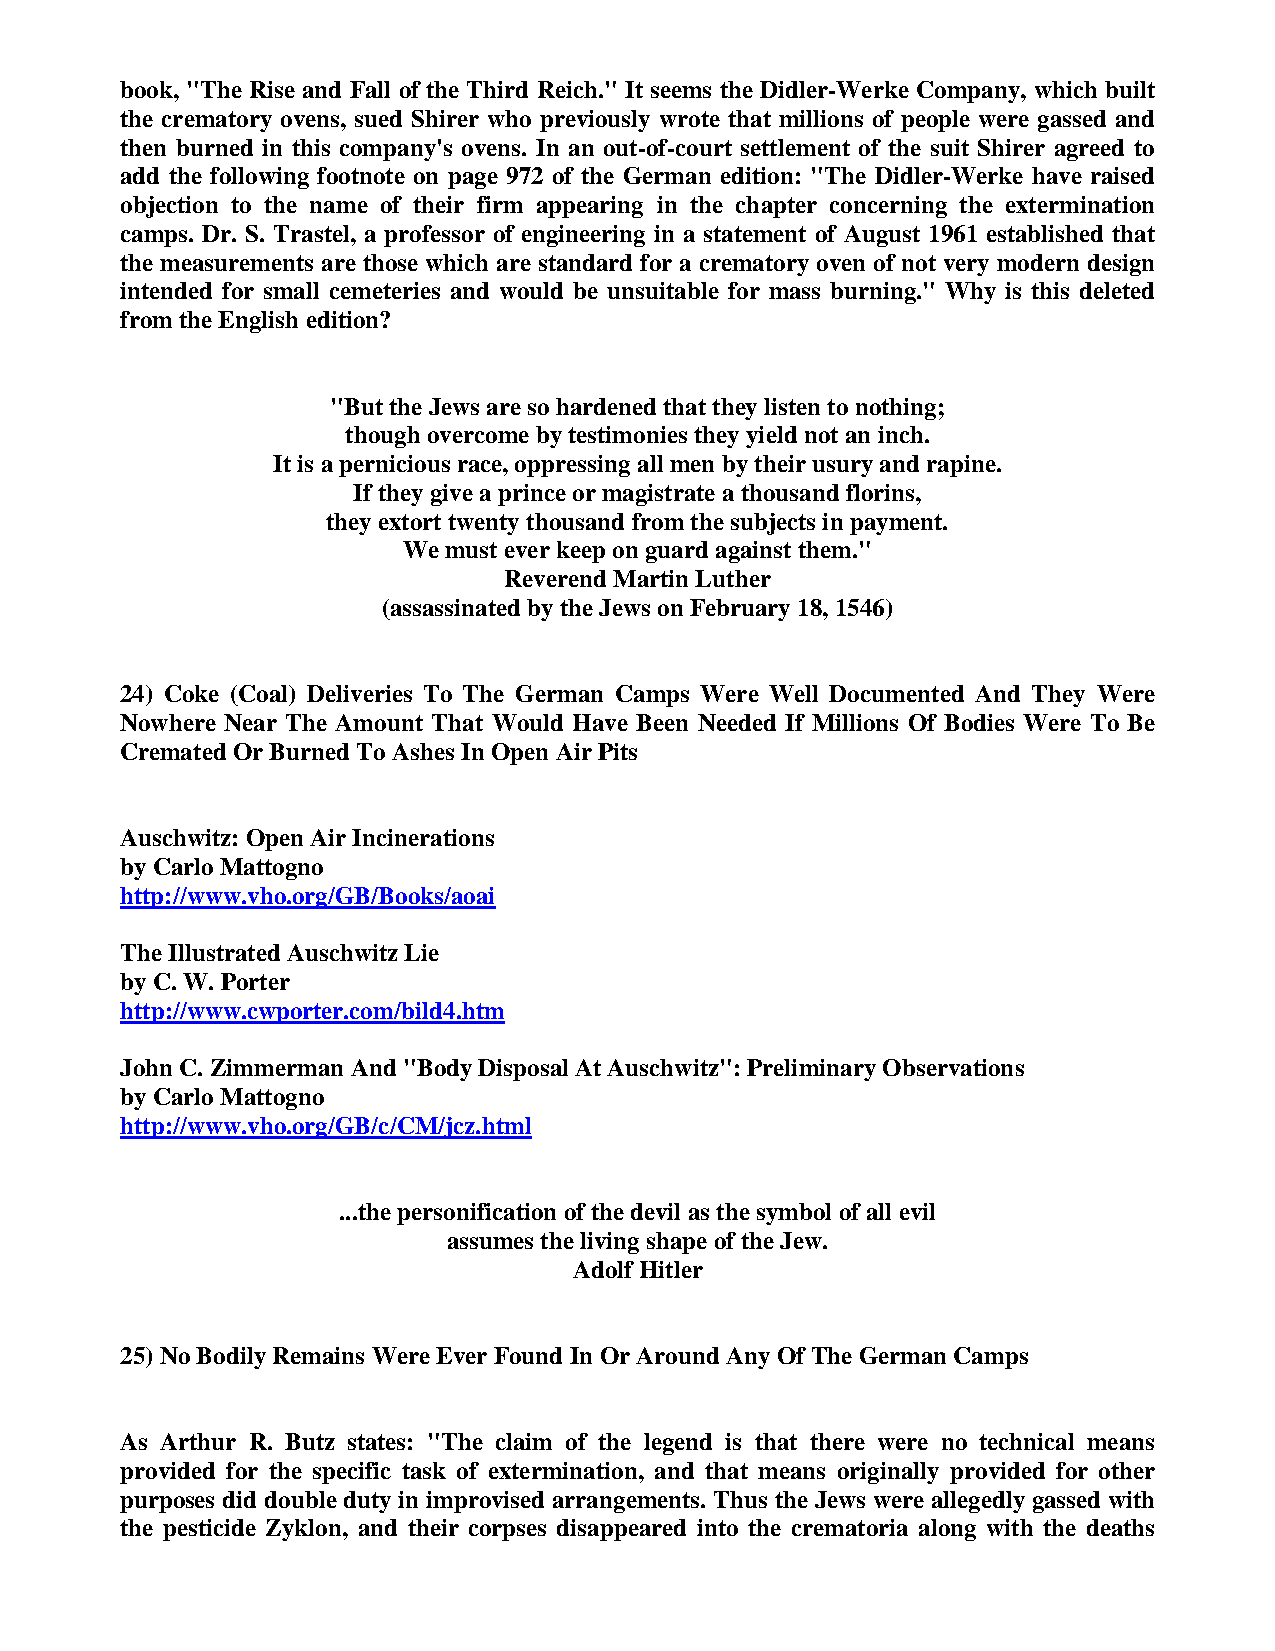
book, "The Rise and Fall of the Third Reich." It seems the Didler-Werke Company, which built
 the crematory ovens, sued Shirer who previously wrote that millions of people were gassed and
 then burned in this company's ovens. In an out-of-court settlement of the suit Shirer agreed to
 add the following footnote on page 972 of the German edition: "The Didler-Werke have raised
 objection to the name of their firm appearing in the chapter concerning the extermination
 camps. Dr. S. Trastel, a professor of engineering in a statement of August 1961 established that
 the measurements are those which are standard for a crematory oven of not very modern design
 intended for small cemeteries and would be unsuitable for mass burning." Why is this deleted
 from the English edition?
 "But the Jews are so hardened that they listen to nothing;
 though overcome by testimonies they yield not an inch.
 It is a pernicious race, oppressing all men by their usury and rapine.
 If they give a prince or magistrate a thousand florins,
 they extort twenty thousand from the subjects in payment.
 We must ever keep on guard against them."
 Reverend Martin Luther
 (assassinated by the Jews on February 18, 1546)
 24) Coke (Coal) Deliveries To The German Camps Were Well Documented And They Were
 Nowhere Near The Amount That Would Have Been Needed If Millions Of Bodies Were To Be
 Cremated Or Burned To Ashes In Open Air Pits
 Auschwitz: Open Air Incinerations
 by Carlo Mattogno
 http://www.vho.org/GB/Books/aoai
 The Illustrated Auschwitz Lie
 by C. W. Porter
 http://www.cwporter.com/bild4.htm
 John C. Zimmerman And "Body Disposal At Auschwitz": Preliminary Observations
 by Carlo Mattogno
 http://www.vho.org/GB/c/CM/jcz.html
 ...the personification of the devil as the symbol of all evil
 assumes the living shape of the Jew.
 Adolf Hitler
 25) No Bodily Remains Were Ever Found In Or Around Any Of The German Camps
 As Arthur R. Butz states: "The claim of the legend is that there were no technical means
 provided for the specific task of extermination, and that means originally provided for other
 purposes did double duty in improvised arrangements. Thus the Jews were allegedly gassed with
 the pesticide Zyklon, and their corpses disappeared into the crematoria along with the deaths